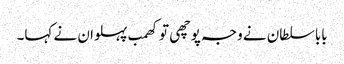
بابا سلطان نے وجہ پوچھی تو کھمب پہلوان نے کہا۔